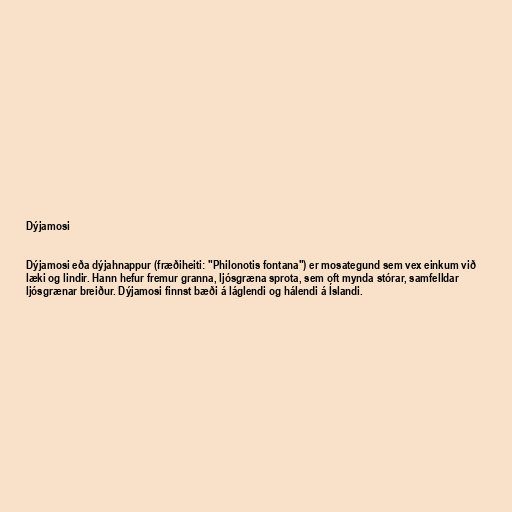
Dýjamosi

Dýjamosi eða dýjahnappur (fræðiheiti: "Philonotis fontana") er mosategund sem vex einkum við
læki og lindir. Hann hefur fremur granna, ljósgræna sprota, sem oft mynda stórar, samfelldar
ljósgrænar breiður. Dýjamosi finnst bæði á láglendi og hálendi á Íslandi.